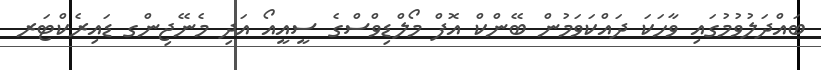
ބައްދަލުވުމުގައި ވާހަކަ ދައްކަވަމުން ބޭންކް އޮފް މޯލްޑިވްސްގެ ސީއީއޯ އަދި މެނޭޖިންގ ޑައިރެކްޓަރ